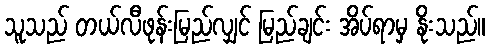
သူသည် တယ်လီဖုန်းမြည်လျှင် မြည်ချင်း အိပ်ရာမှ နိုးသည်။